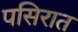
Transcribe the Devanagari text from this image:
पसिरात